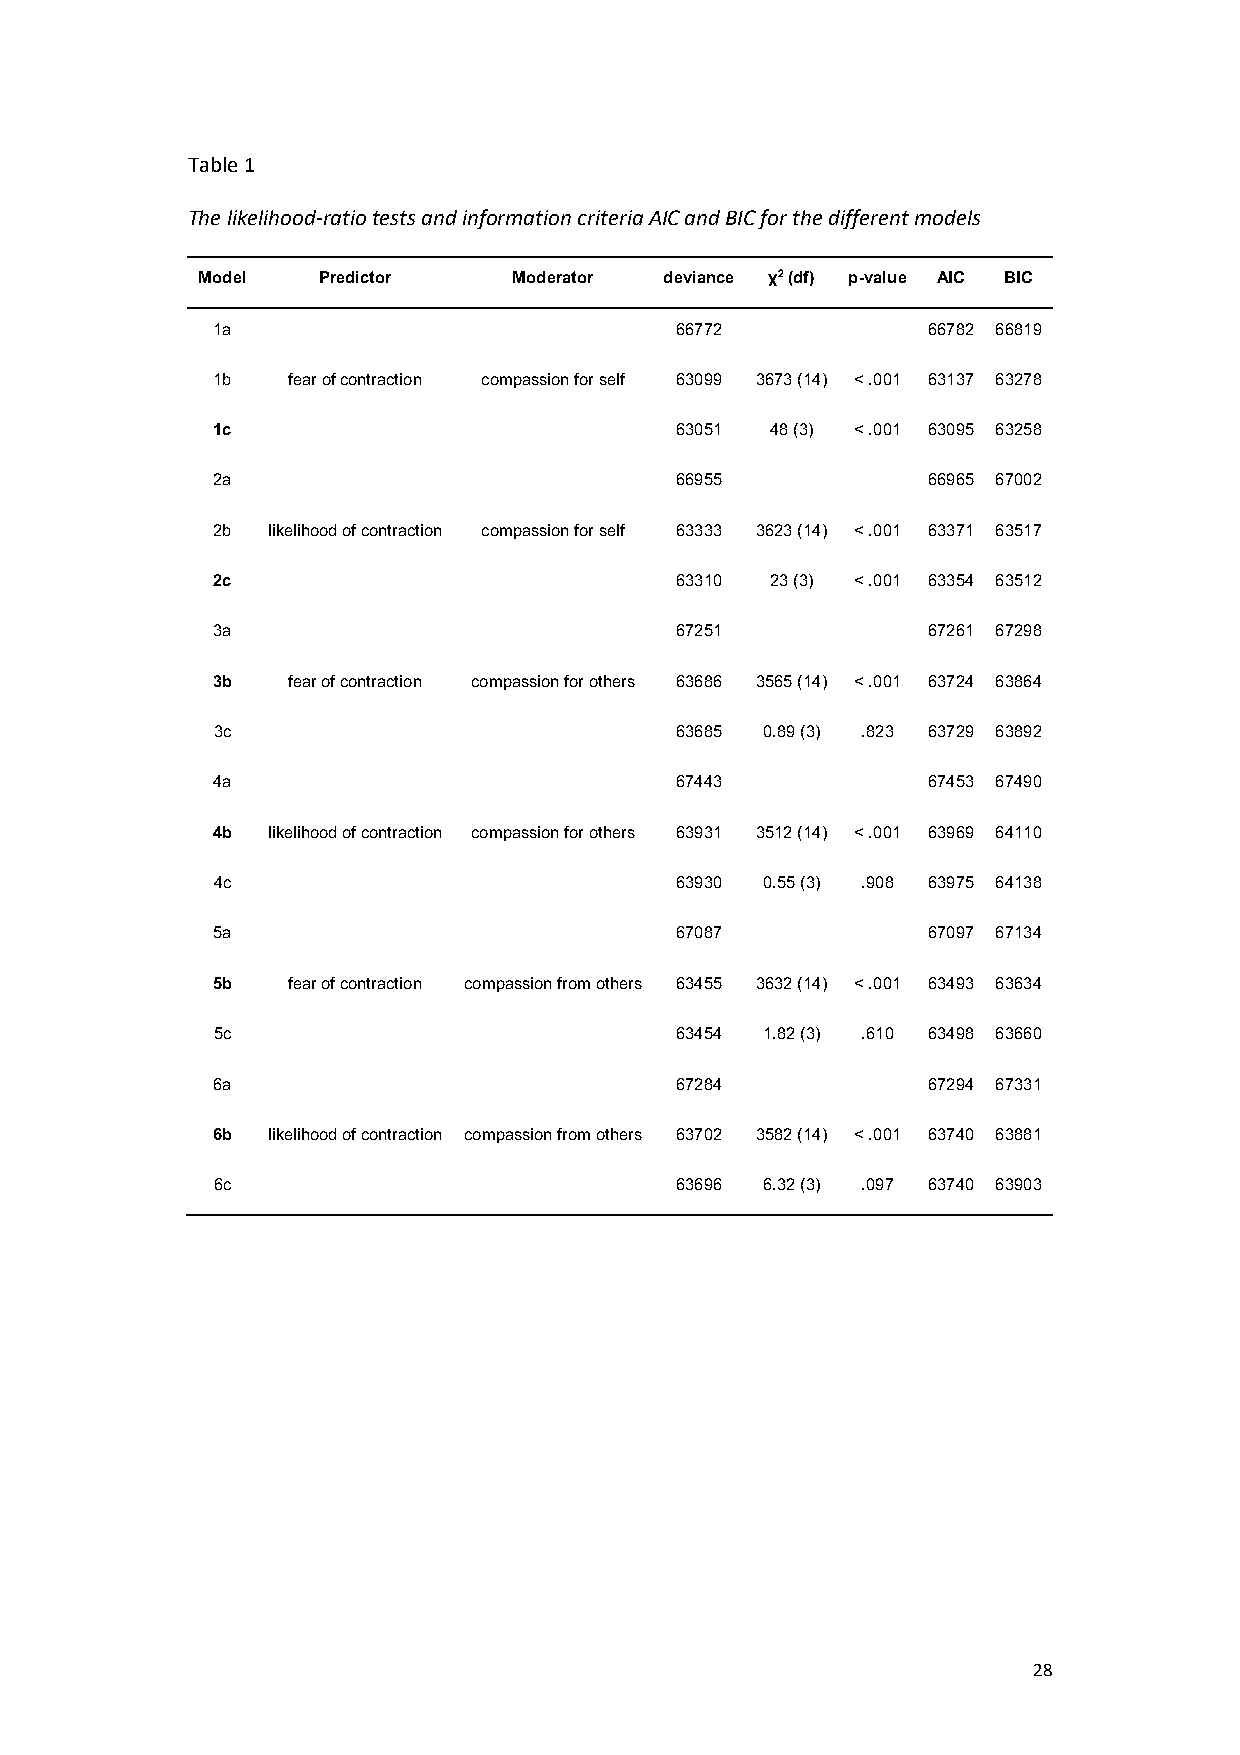
Table 1
 The likelihood-ratio tests and information criteria AIC and BIC for the different models
 Model   Predictor    Moderator deviance χ2 (df) p-value AIC BIC
 1a                             66772           66782 66819
 1b   fear of contraction compassion for self 63099 3673 (14) < .001 63137 63278
 1c                             63051 48 (3) < .001 63095 63258
 2a                             66955           66965 67002
 2b  likelihood of contraction compassion for self 63333 3623 (14) < .001 63371 63517
 2c                             63310 23 (3) < .001 63354 63512
 3a                             67251           67261 67298
 3b   fear of contraction compassion for others 63686 3565 (14) < .001 63724 63864
 3c                             63685 0.89 (3) .823 63729 63892
 4a                             67443           67453 67490
 4b  likelihood of contraction compassion for others 63931 3512 (14) < .001 63969 64110
 4c                             63930 0.55 (3) .908 63975 64138
 5a                             67087           67097 67134
 5b   fear of contraction compassion from others 63455 3632 (14) < .001 63493 63634
 5c                             63454 1.82 (3) .610 63498 63660
 6a                             67284           67294 67331
 6b  likelihood of contraction compassion from others 63702 3582 (14) < .001 63740 63881
 6c                             63696 6.32 (3) .097 63740 63903
 28